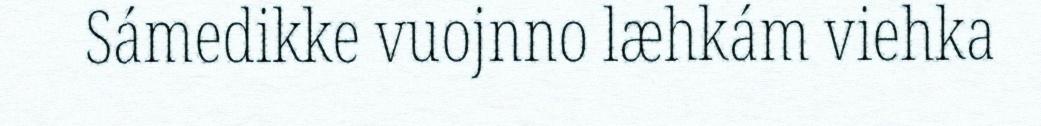
Sámedikke vuojnno læhkám viehka